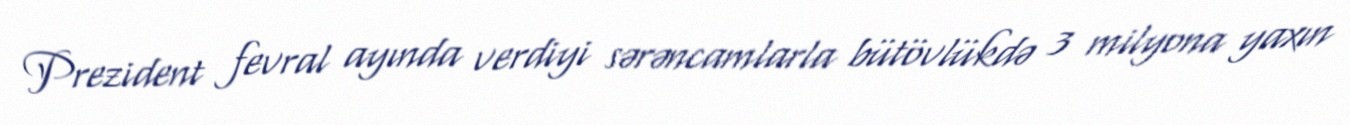
Prezident fevral ayında verdiyi sərəncamlarla bütövlükdə 3 milyona yaxın